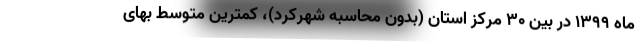
ماه ۱۳۹۹ در بین ۳۰ مرکز استان (بدون محاسبه شهرکرد)، کمترین متوسط بهای